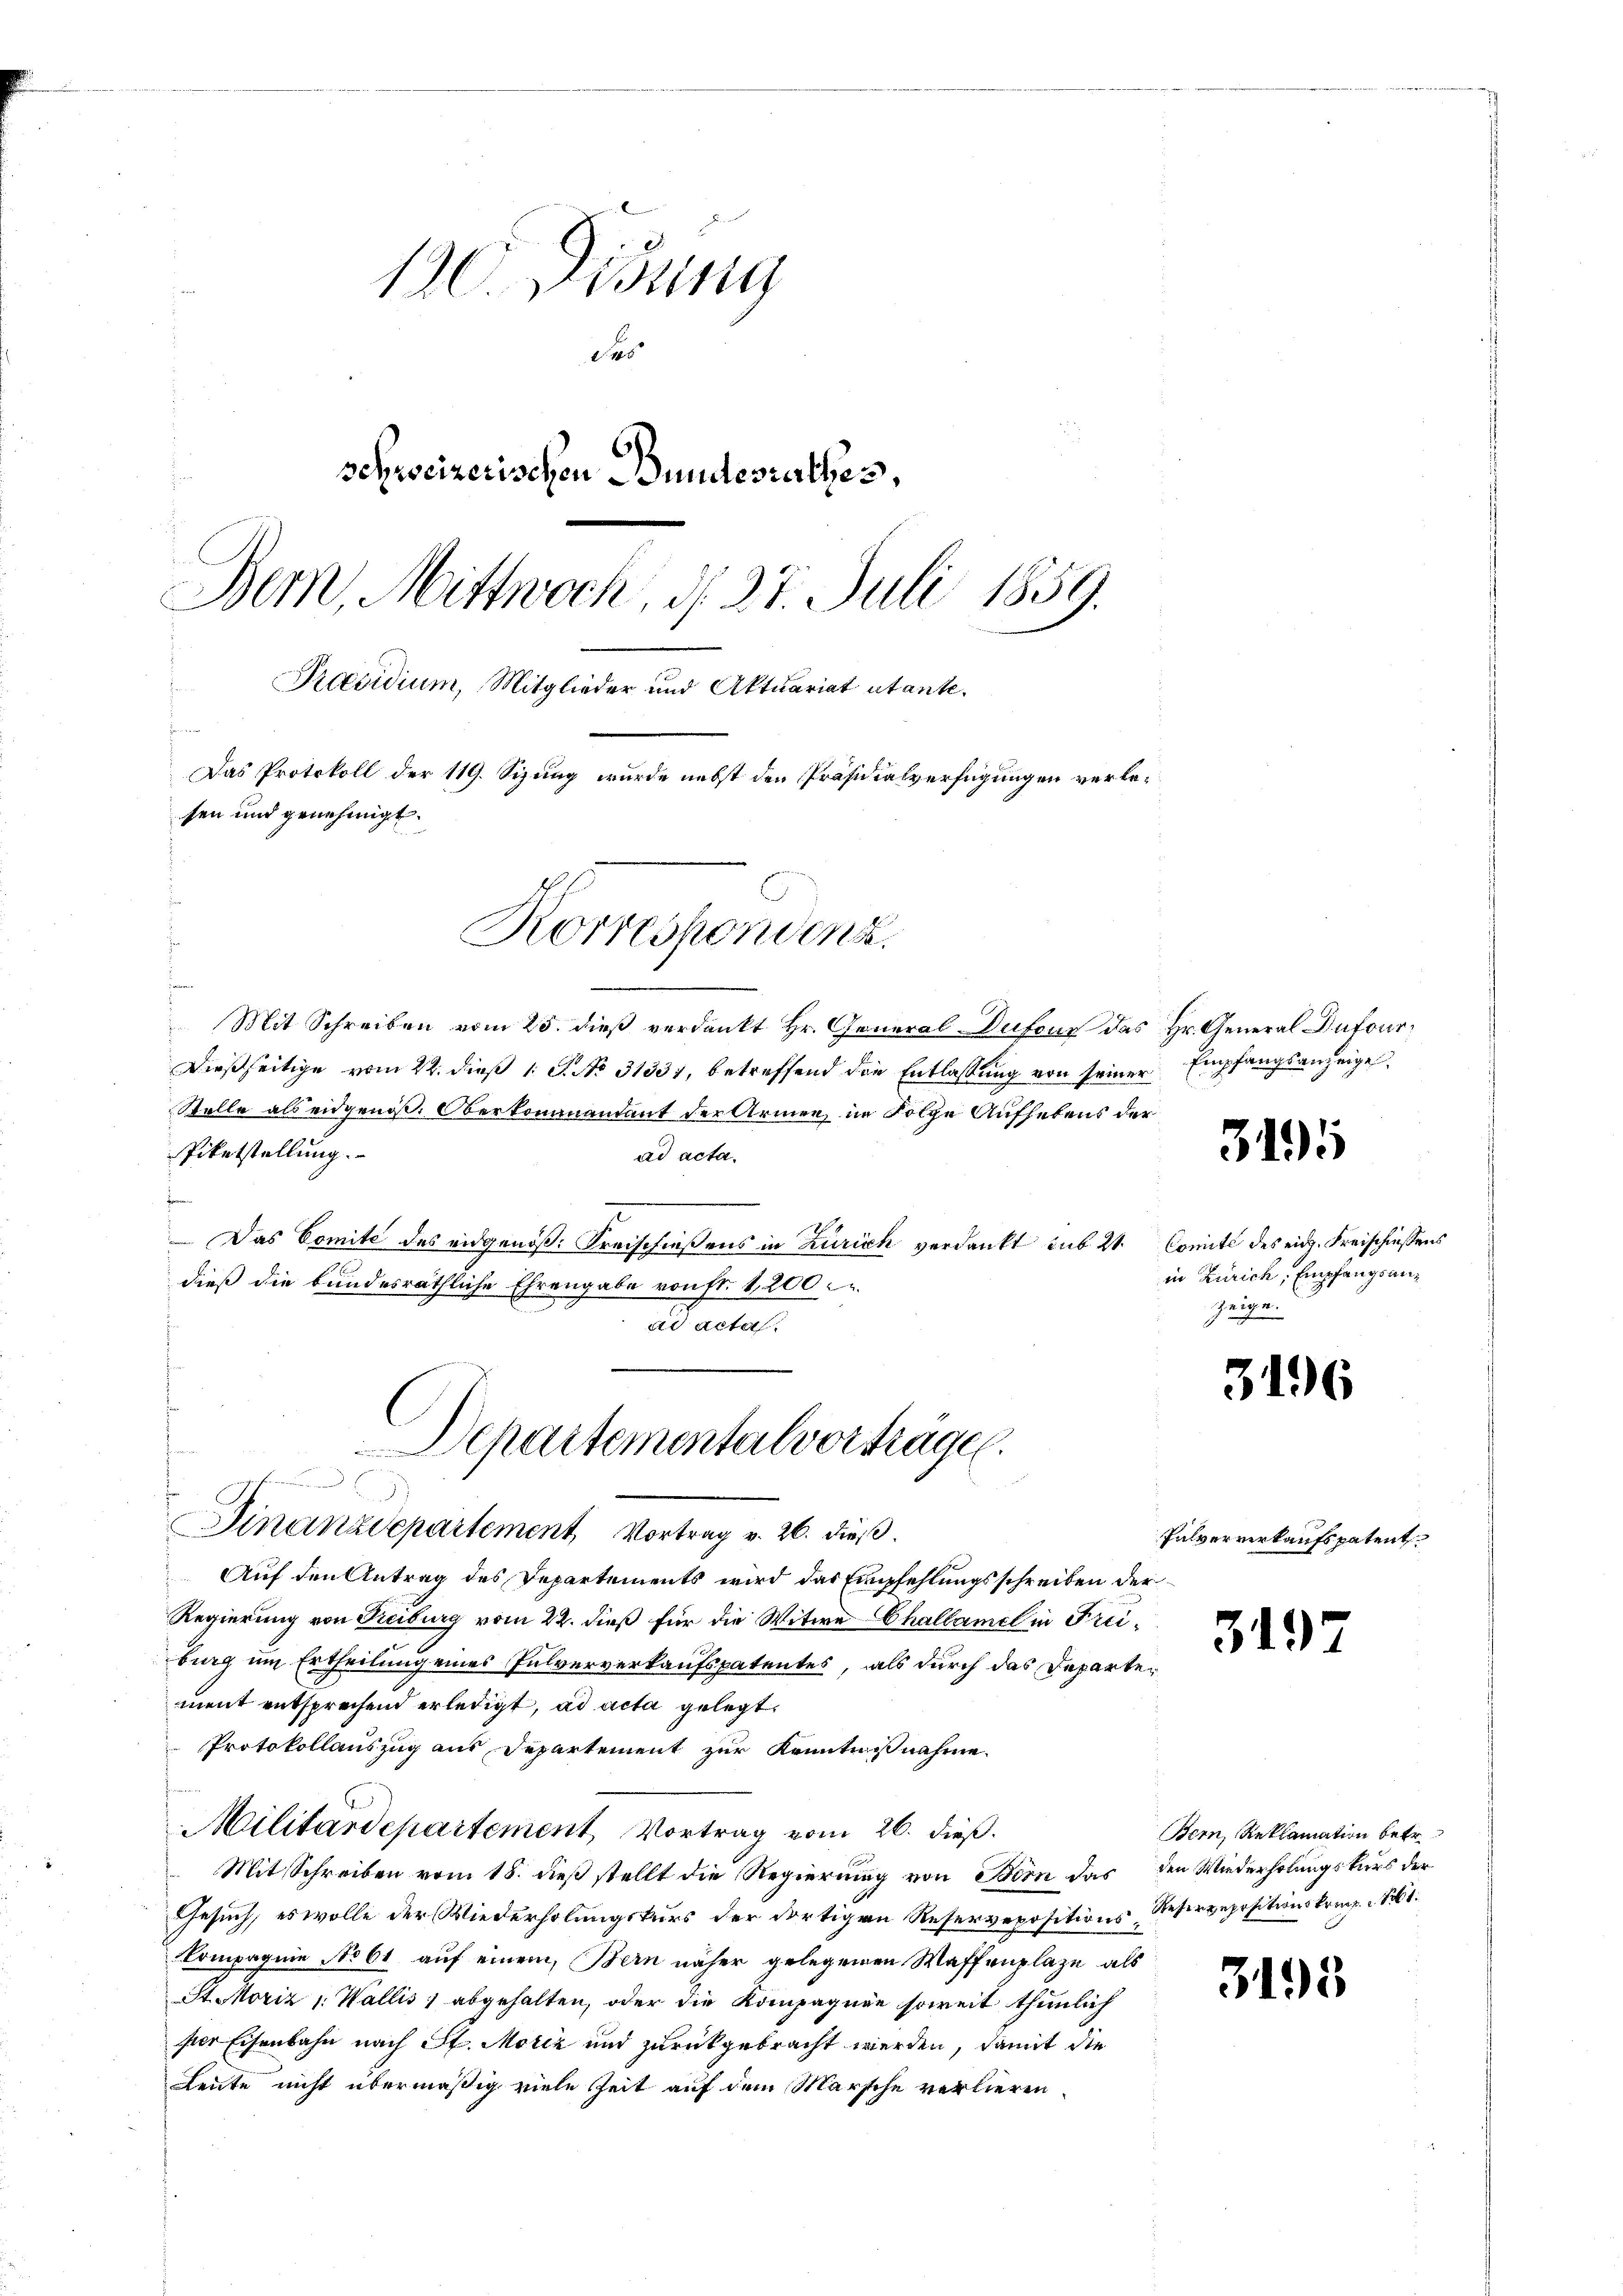
10 Didung
das
schreizerischen Bundesrathes,
Bern, Mittwoch, d. 27. Juli 1859.
Praesidium, Mitglieder und Aktuariat utante.
Her
Das Protokoll der 119. Sizung wurde nebst den Präsidialverfügungen verlesen und genehmigt.

Mit Schreiben vom 25. dieß verdankt Hr. General-Dufour das Hr. General Dufour¬
Dießseitige vom 22. dieß 1 S. Nr. 31337, betreffend die Entlassung von seiner Empfangsanzeige
Stelle als eidgenoß. Oberkommandant der Armen, in Folge Aufhebens der
Piketstellung.
ad acta.
n
4
 Das Comité des eidgenöß. Kreischießens in Zürich verdankt sub 21. Comité des eid. Freischiessens
dieß die bundesräthliche Ehrengabe von fr. 1200
ad actus
E
Finanzdepartement Vortrag v. 26. dieß.
Auf den Antrag des Departements wird das Empfehlungsschreiben der
Regierung von Freiburg vom 22. dieß für die Witwe Challamel in Freiburg um Ertheilung eines Pulververkaufspatentes, als durch das Departement entsprechend erledigt, ad acta gelegt.
Protokollauszug aus Departement zur Kenntnisnahme
Militärdepartement, Vortrag vom 26. dieß.
Mit Schreiben vom 18. dieß stellt die Regierung von Bern das den Wiederholungskurs der
Gesuch, es wolle der Wiederholungskurs der dortigen Reservepositions-Reservepositionskomp. 81.
Compagnie No 61 auf einem, Bern näher gelegenen Waffenplaze, als
St. Moriz 1. Wallis, abgehalten, oder die Kompagnie soweit thunlich
per Eisenbahn nach St. Moriz und zurückgebracht werden, damit die
Leute nicht übermäßig viele Zeit auf dem Marsche verlieren.

Departementalvorträgen.

Korrespondenz.

3195

in Zürich, Empfangsanzeige.

3196

Pulververkaufspatent

3197

3195

Bern, Reklamation betr.